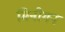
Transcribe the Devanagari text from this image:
मिनीगन